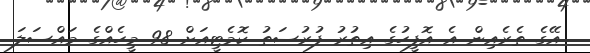
އޭގެ ތެރެއިން އެ އޮފީހުގެ އިތުރު ފުރުސަތު ކޮމެޓީއަށް 98 މީހެއްގެ މައްސަލަ